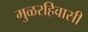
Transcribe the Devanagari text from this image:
मुळरहिवासी